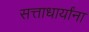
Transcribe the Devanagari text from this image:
सत्ताधार्यांना